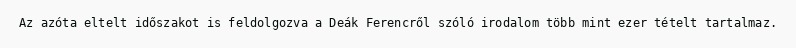
Az azóta eltelt időszakot is feldolgozva a Deák Ferencről szóló irodalom több mint ezer tételt tartalmaz.